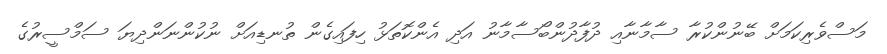
މަސްވެރިކަމަށް ބޭނުންކުރާ ސާމާނާއި ދުފާދުންބޯސާމާނު އަދި އެންކޮތަޅު ހިފައިގެން ތުނޑިއަށް ނުކުންނަންދިޔަ ސަމްސީރުގެ